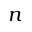
n